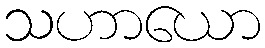
သဟာယော